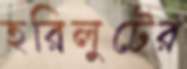
হরিলুটের